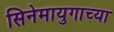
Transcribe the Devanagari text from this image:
सिनेमायुगाच्या